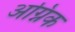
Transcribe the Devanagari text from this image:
अग्निक